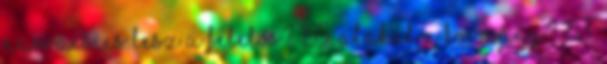
Navracsics lesz a felelős? 155. Alakul a kormány? 153.